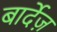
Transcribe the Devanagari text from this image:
बार्देज़